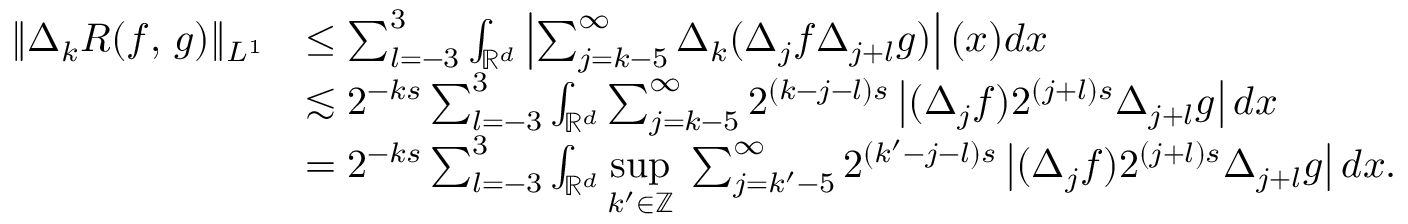
\begin{array} { r l } { \| \Delta _ { k } R ( f , \, g ) \| _ { L ^ { 1 } } } & { \leq \sum _ { l = - 3 } ^ { 3 } \int _ { \mathbb { R } ^ { d } } \left| \sum _ { j = k - 5 } ^ { \infty } \Delta _ { k } ( \Delta _ { j } f \Delta _ { j + l } g ) \right| ( x ) d x } \\ & { \lesssim 2 ^ { - k s } \sum _ { l = - 3 } ^ { 3 } \int _ { \mathbb { R } ^ { d } } \sum _ { j = k - 5 } ^ { \infty } 2 ^ { ( k - j - l ) s } \left| ( \Delta _ { j } f ) 2 ^ { ( j + l ) s } \Delta _ { j + l } g \right| d x } \\ & { = 2 ^ { - k s } \sum _ { l = - 3 } ^ { 3 } \int _ { \mathbb { R } ^ { d } } \underset { k ^ { \prime } \in \mathbb { Z } } { \operatorname* { s u p } } \; \sum _ { j = k ^ { \prime } - 5 } ^ { \infty } 2 ^ { ( k ^ { \prime } - j - l ) s } \left| ( \Delta _ { j } f ) 2 ^ { ( j + l ) s } \Delta _ { j + l } g \right| d x . } \end{array}